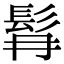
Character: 髥